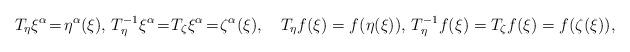
LaTeX: \begin{align*}T_\eta\xi^\alpha\!=\!\eta^\alpha(\xi),\,T_\eta^{-1}\xi^\alpha\!=\!T_\zeta\xi^\alpha\!=\!\zeta^\alpha(\xi),\quad T_\eta f (\xi) =f(\eta(\xi)),\,T_\eta^{-1}f(\xi)=T_\zeta f(\xi)=f(\zeta(\xi)),\end{align*}